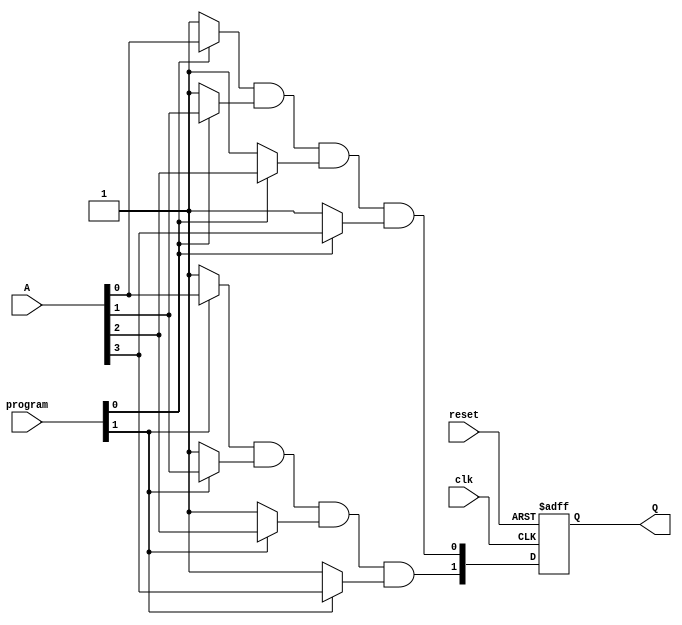
module RPAL #(
    parameter n = 4,  // Number of inputs
    parameter m = 2   // Number of outputs (flip-flops)
)(
    input  wire clk,                    // Clock signal
    input  wire reset,                  // Asynchronous reset
    input  wire [n-1:0] A,              // Input signals
    input  wire [m-1:0] program,        // Programming signals for AND array
    output reg  [m-1:0] Q               // Registered outputs
);

    // Intermediate signals for product terms
    wire [m-1:0] product_terms;         // Outputs from AND array
    wire [m-1:0] or_outputs;            // Outputs from OR array

    // Programmable AND array
    genvar i;
    generate
        for (i = 0; i < m; i = i + 1) begin : and_array
            assign product_terms[i] = (program[i] ? A[0] : 1'b1) &  // Example logic
                                       (program[i] ? A[1] : 1'b1) &  // You can customize this
                                       (program[i] ? A[2] : 1'b1) &  // based on your requirements
                                       (program[i] ? A[3] : 1'b1);
        end
    endgenerate

    // Fixed OR array
    assign or_outputs = product_terms;  // Assuming OR array directly connects; customize as needed

    // Register section (D flip-flops)
    always @(posedge clk or posedge reset) begin
        if (reset) begin
            Q <= {m{1'b0}};  // Asynchronous reset to 0
        end else begin
            Q <= or_outputs;  // Register the output from OR array
        end
    end

endmodule